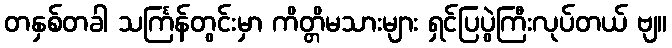
တနှစ်တခါ သင်္ကြန်တွင်းမှာ ကိတ္တိမသားများ ရှင်ပြပွဲကြီးလုပ်တယ် ဗျ။